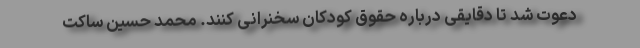
دعوت شد تا دقایقی درباره حقوق کودکان سخنرانی کنند. محمد حسین ساکت